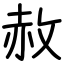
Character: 赦